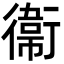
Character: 衞